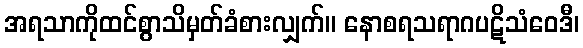
အရသာကိုထင်စွာသိမှတ်ခံစားလျှက်။ နောစရသရာဂပဋိသံဝေဒီ၊